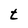
Character: t